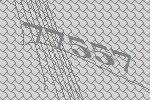
77557